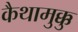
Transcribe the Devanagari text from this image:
कैथामुक्कु